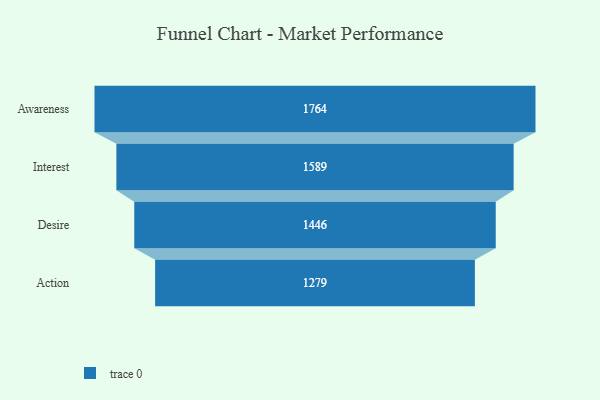
{"axis": {"x": "Stage", "y": "Value"}, "legend": [""], "data": [{"x": "Awareness", "y": 1764.0, "type": ""}, {"x": "Interest", "y": 1589.0, "type": ""}, {"x": "Desire", "y": 1446.0, "type": ""}, {"x": "Action", "y": 1279.0, "type": ""}]}